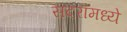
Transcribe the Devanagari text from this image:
सदरामध्ये